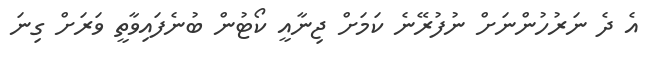
އެ ދެ ނަރުހުންނަށް ނުފުރޭނެ ކަމަށް ޖިނާއީ ކޯޓުން ބުނެފައިވާތީ ވަރަށް ގިނަ